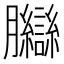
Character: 𦣋